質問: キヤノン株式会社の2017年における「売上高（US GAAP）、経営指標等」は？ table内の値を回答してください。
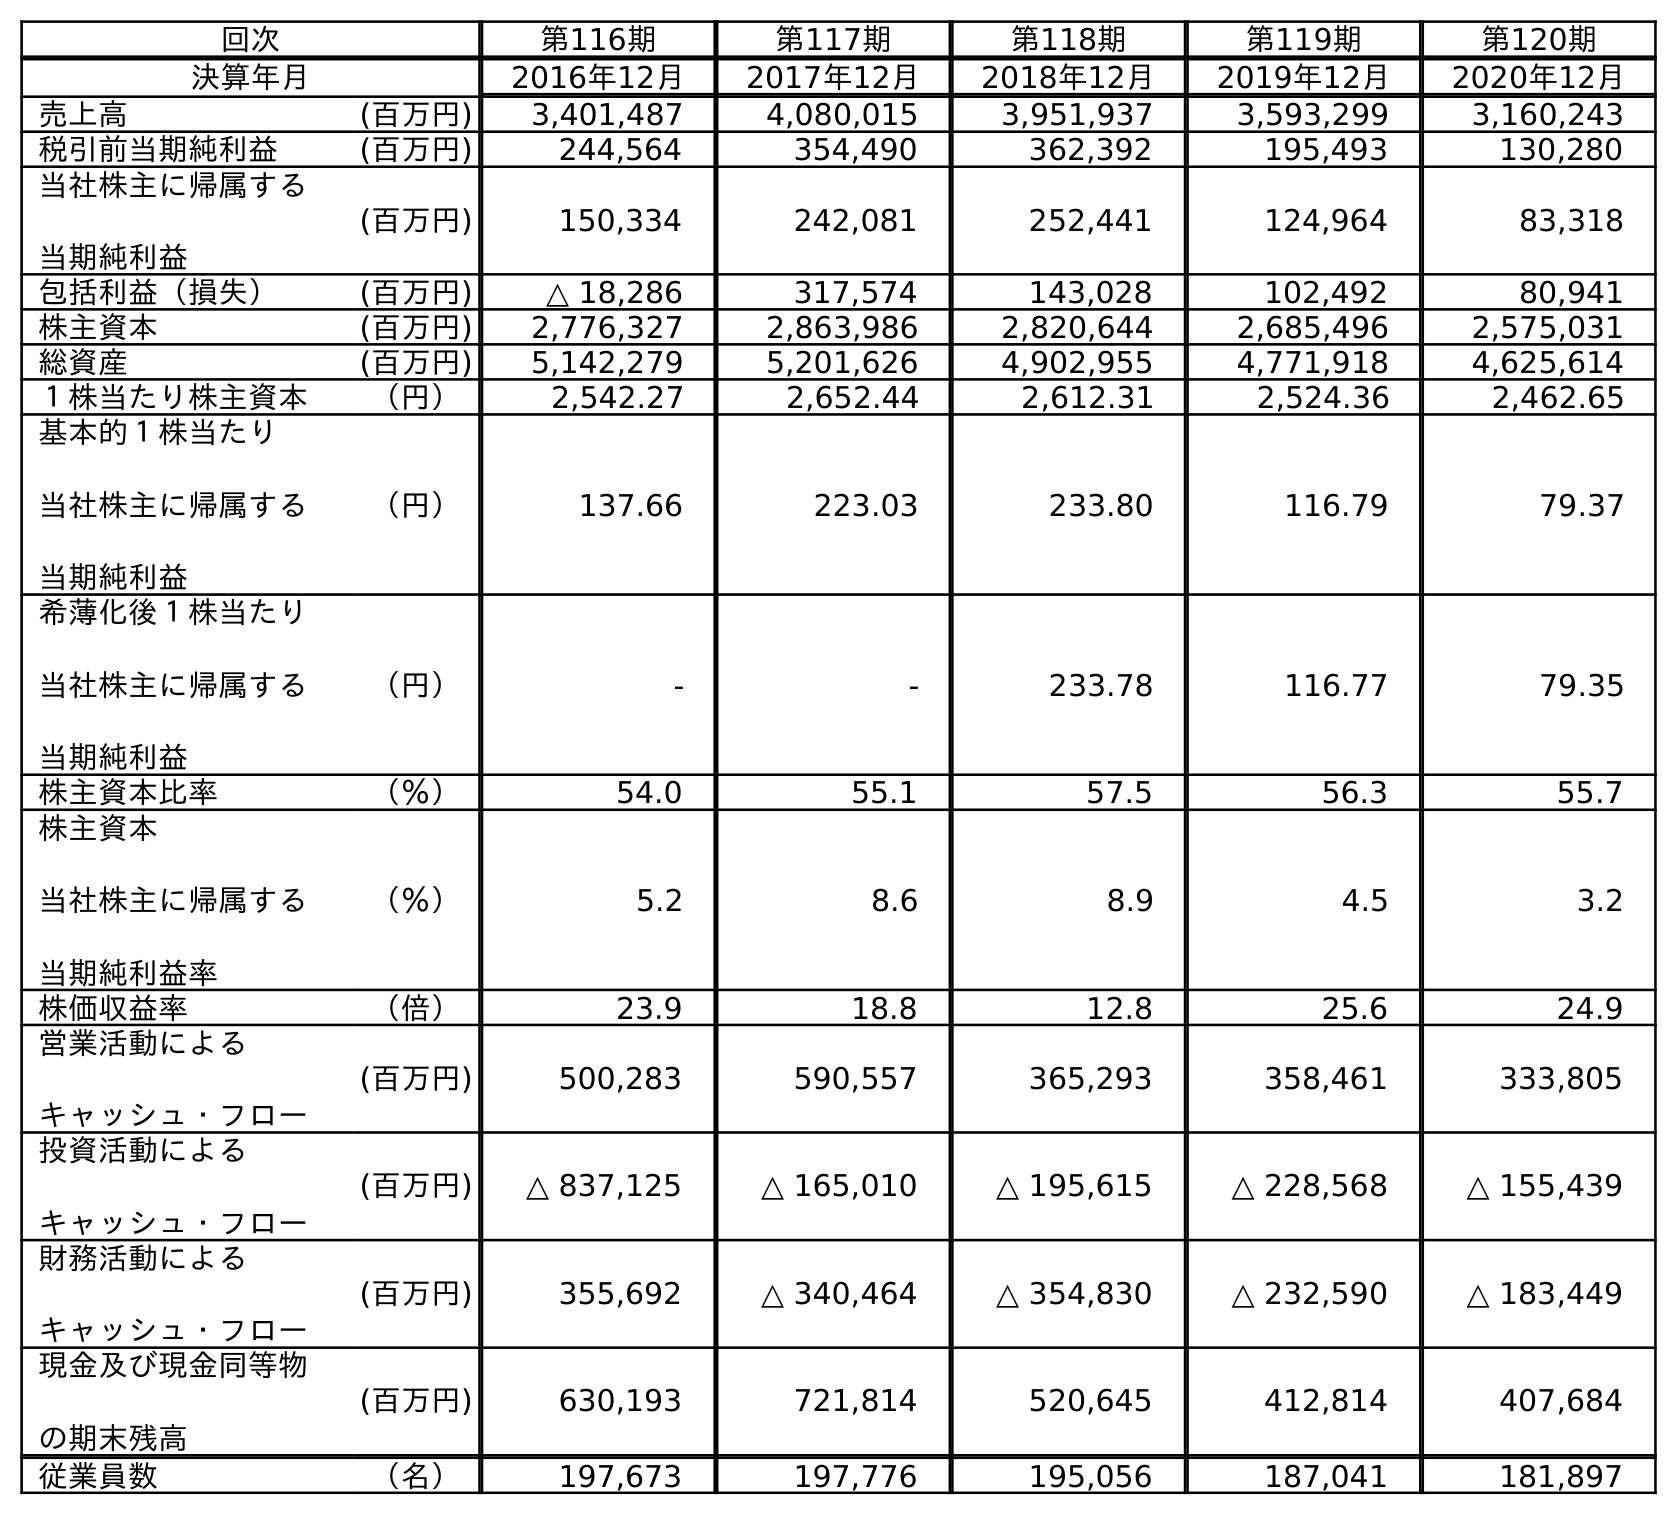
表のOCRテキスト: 回次 第116期 第117期 第118期 第119期 第120期 決算年月 2016年12月 2017年12月 2018年12月 2019年12月 2020年12月 売上高 (百万円) 3,401,487 4,080,015 3,951,937 3,593,299 3,160,243 税引前当期純利益 (百万円) 244,564 354,490 362,392 195,493 130,280 当社株主に帰属する 当期純利益 (百万円) 150,334 242,081 252,441 124,964 83,318 包括利益（損失） (百万円) △ 18,286 317,574 143,028 102,492 80,941 株主資本 (百万円) 2,776,327 2,863,986 2,820,644 2,685,496 2,575,031 総資産 (百万円) 5,142,279 5,201,626 4,902,955 4,771,918 4,625,614 １株当たり株主資本 （円） 2,542.27 2,652.44 2,612.31 2,524.36 2,462.65 基本的１株当たり 当社株主に帰属する 当期純利益 （円） 137.66 223.03 233.80 116.79 79.37 希薄化後１株当たり 当社株主に帰属する 当期純利益 （円） - - 233.78 116.77 79.35 株主資本比率 （％） 54.0 55.1 57.5 56.3 55.7 株主資本 当社株主に帰属する 当期純利益率 （％） 5.2 8.6 8.9 4.5 3.2 株価収益率 （倍） 23.9 18.8 12.8 25.6 24.9 営業活動による キャッシュ・フロー (百万円) 500,283 590,557 365,293 358,461 333,805 投資活動による キャッシュ・フロー (百万円) △ 837,125 △ 165,010 △ 195,615 △ 228,568 △ 155,439 財務活動による キャッシュ・フロー (百万円) 355,692 △ 340,464 △ 354,830 △ 232,590 △ 183,449 現金及び現金同等物 の期末残高 (百万円) 630,193 721,814 520,645 412,814 407,684 従業員数 （名） 197,673 197,776 195,056 187,041 181,897
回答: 4,080,015